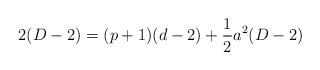
LaTeX: \begin{align*}2(D-2) = (p+1)(d-2) + \frac{1}{2}a^2 (D-2)\end{align*}